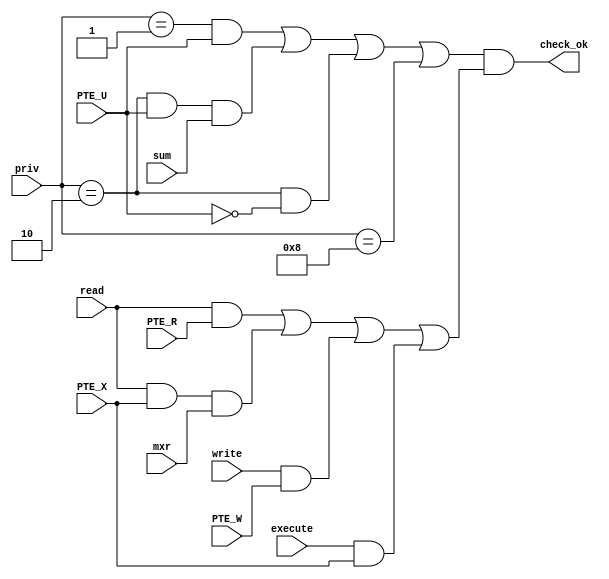
module page_check(
//csr
input wire [3:0]priv,
input wire mxr,
input wire sum,
//
input wire read,
input wire write,
input wire execute,

//PTE
input wire PTE_U,
input wire PTE_W,
input wire PTE_R,
input wire PTE_X,

//
output wire check_ok
);

//
wire privilege_check_ok;

//
wire read_check;
//
wire write_check;
//
wire execute_check;

assign privilege_check_ok	=	((priv==4'b0001) & PTE_U) | 		//UU
								((priv==4'b0010) & PTE_U & sum) | 	//SSUM=1U
								(priv==4'b0010) & !PTE_U | 			
								(priv==4'b1000);
								
assign read_check	=	read & PTE_R | read & PTE_X & mxr;
assign write_check	=	write & PTE_W;
assign execute_check=	execute & PTE_X;

assign check_ok	=	privilege_check_ok & (read_check | write_check | execute_check);

endmodule